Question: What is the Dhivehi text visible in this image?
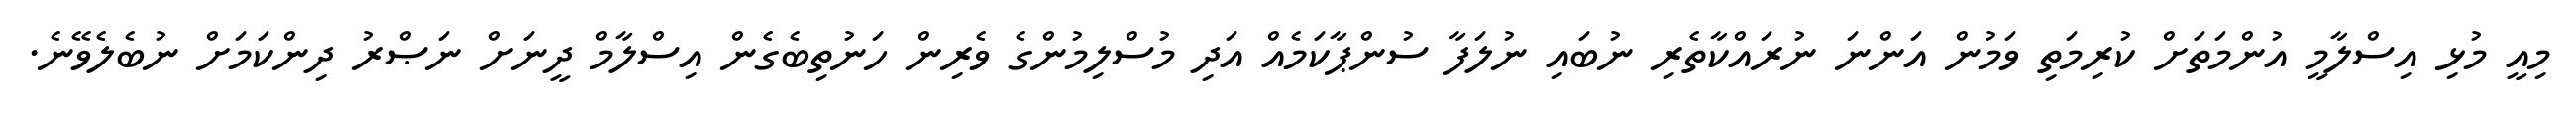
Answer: މިއީ މުޅި އިސްލާމީ އުންމަތަށް ކުރިމަތި ވަމުން އަންނަ ނުރައްކާތެރި ނުބައި ނުލަފާ ސުންޕާކަމެއް އަދި މުސްލިމުންގެ ވެރިން ހަނުތިބެގެން އިސްލާމް ދީނަށް ނަޞްރު ދިންކަމަށް ނުބެލެވޭނެ.